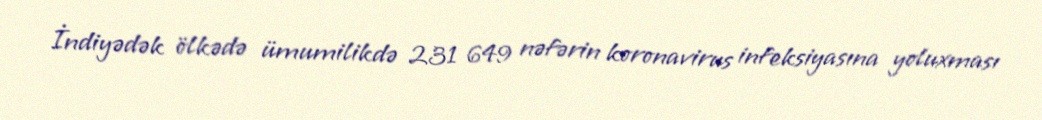
İndiyədək ölkədə ümumilikdə 231 649 nəfərin koronavirus infeksiyasına yoluxması